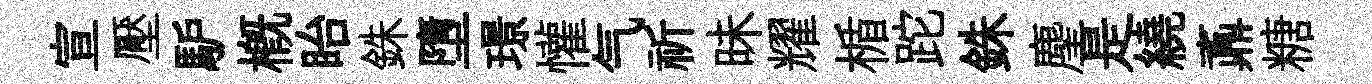
宣壓馿槪眙銖墮璟懽气祈昧耀楯跎銖麈是繞鼒糖